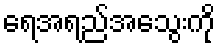
ရေအရည်အသွေးကို